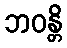
ဘဝန္တိ